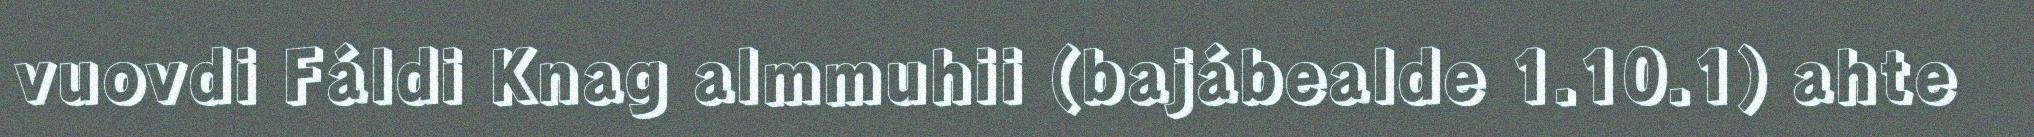
vuovdi Fáldi Knag almmuhii (bajábealde 1.10.1) ahte